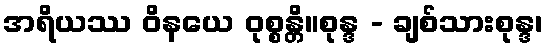
အရိယဿ ဝိနယေ ဝုစ္စန္တိ။စုန္ဒ - ချစ်သားစုန္ဒ၊